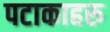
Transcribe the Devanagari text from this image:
पटाकाहरु